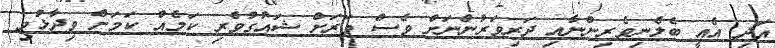
އަދި އެއީ ބެލެނިވެރިންނާއި ދަރިވަރުންނަށް ވެސް ވަރަށް ޝައުގުވެރި ކަމެއް ކަމަށް ވިދާޅުވި